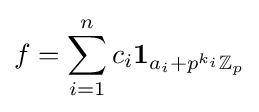
f=\sum _{i=1}^{n}c_{i}\mathbf {1} _{a_{i}+p^{k_{i}}\mathbb {Z} _{p}}